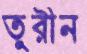
তুরীন